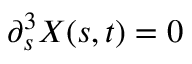
\partial _ { s } ^ { 3 } { \ensuremath \boldsymbol { X } } ( s , t ) = 0